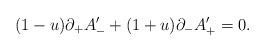
LaTeX: \begin{align*}(1 - u) \partial_+ A'_- + (1 + u) \partial_- A'_+ = 0.\end{align*}